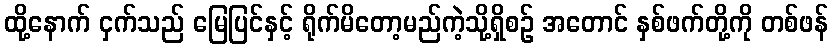
ထို့နောက် ငှက်သည် မြေပြင်နှင့် ရိုက်မိတော့မည်ကဲ့သို့ရှိစဉ် အတောင် နှစ်ဖက်တို့ကို တစ်ဖန်